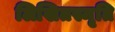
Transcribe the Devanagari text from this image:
लिखितस्मृति